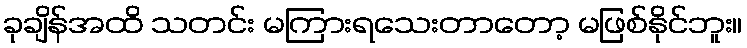
ခုချိန်အထိ သတင်း မကြားရသေးတာတော့ မဖြစ်နိုင်ဘူး။